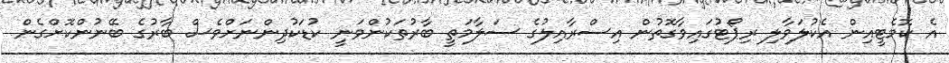
އެ ކޮމެޓީއިން އެކުލަވާލި ރިޕޯޓުގައިވާގޮތުން އިސްރާއިލުގެ ސަލާމަތީ ބާރުތަކުންވަނީ ކުޑަކުދިންނަށްވެސް ބާރުގެ ބޭނުންކޮށްގެން